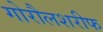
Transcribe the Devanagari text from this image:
गोरौलशरीफ